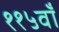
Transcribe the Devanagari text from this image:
११५वाँ